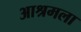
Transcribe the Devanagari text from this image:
आश्रमला